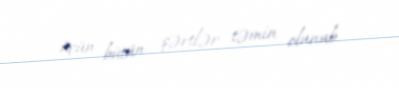
üçün bütün şərtlər təmin olunub.